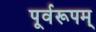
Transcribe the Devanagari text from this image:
पूर्वरूपम्